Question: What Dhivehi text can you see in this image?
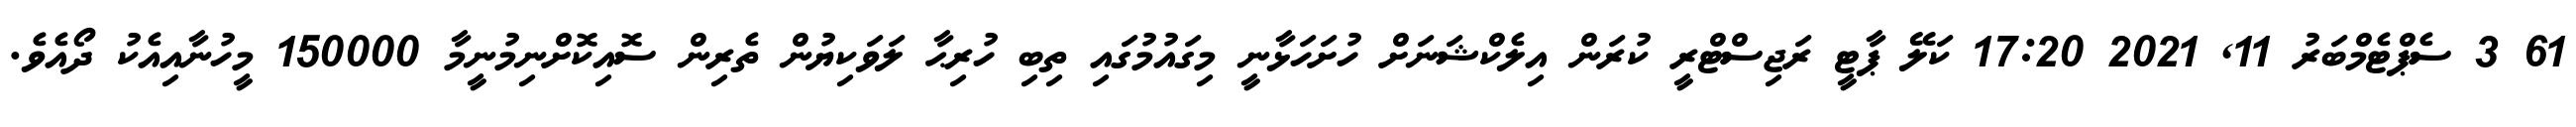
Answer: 61 3 ސެޕްޓެމްބަރު 11, 2021 17:20 ކަލޭ ޕާޓީ ރަޖިސްޓްރީ ކުރަން އިލެކްޝަނަށް ހުށަހަޅާނީ މިގައުމުގައި ތިބި ހުރިޙާ ލަވަކިޔުން ތެރިން ސޮއިކޮށްނިމުނީމާ 150000 މީހުނާއިއެކު ދޯއެވެ.